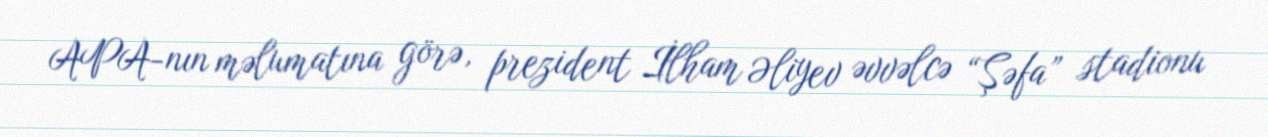
APA-nın məlumatına görə, prezident İlham Əliyev əvvəlcə “Şəfa” stadionu